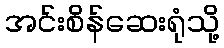
အင်းစိန်ဆေးရုံသို့